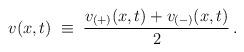
LaTeX: \begin{align*}v(x,t) \; \equiv \; \frac{v_{(+)}(x,t) + v_{(-)}(x,t)}{2} \, .\end{align*}